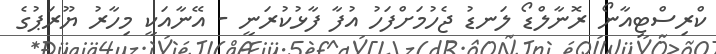
ކްރިސްޓިއާނޯ ރޮނާލްޑޯ ލަނޑު ޖެހުމަށްފަހު އުފާ ފާޅުކުރަނީ - އޭނާއަކީ މިހާރު ޔޫރަޕުގެ